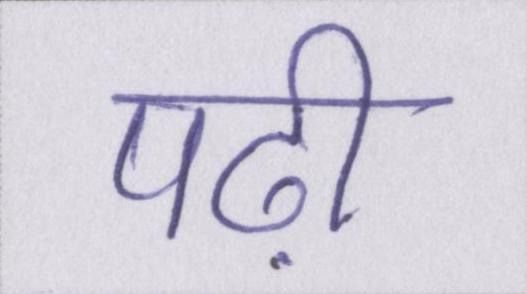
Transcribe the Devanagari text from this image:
पढ़ी